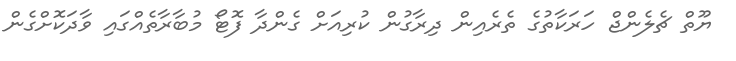
ޔޫތް ޗެލެންޖް ހަރަކާތުގެ ތެރެއިން ދިރާގުން ކުރިއަށް ގެންދާ ފޮޓޯ މުބާރާތެއްގައި ވާދަކޮށްގެން